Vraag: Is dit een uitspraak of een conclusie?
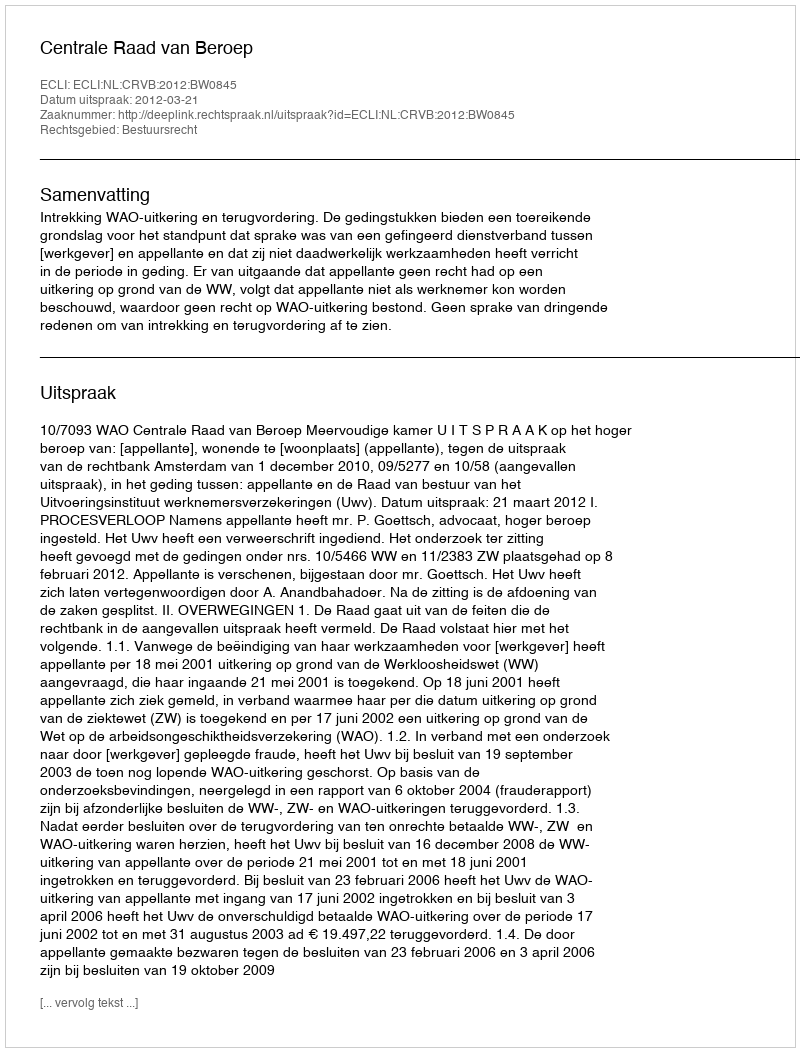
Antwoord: Uitspraak